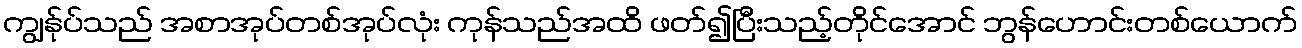
ကျွန်ုပ်သည် အစာအုပ်တစ်အုပ်လုံး ကုန်သည်အထိ ဖတ်၍ပြီးသည့်တိုင်အောင် ဘွန်ဟောင်းတစ်ယောက်